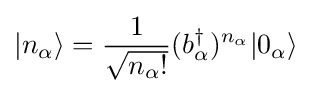
|n_{\alpha }\rangle ={\frac {1}{\sqrt {n_{\alpha }!}}}(b_{\alpha }^{\dagger })^{n_{\alpha }}|0_{\alpha }\rangle